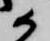
候